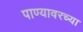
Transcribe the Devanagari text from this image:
पाण्यावरच्या